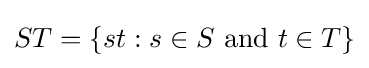
ST=\{st:s\in S{\text{ and }}t\in T\}